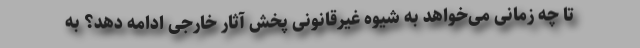
تا چه زمانی می‌خواهد به شیوه غیرقانونی پخش آثار خارجی ادامه دهد؟ به